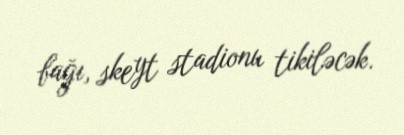
bağı, skeyt stadionu tikiləcək.